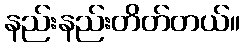
နည်းနည်းတိတ်တယ်။